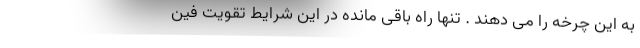
به این چرخه را می دهند . تنها راه باقی مانده در این شرایط تقویت فین